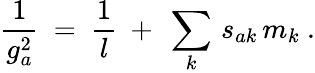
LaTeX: \frac{1}{g_{a}^{2}}\ =\ \frac{1}{l}\ +\ \sum_{k}\, s_{ak}\, m_{k}\ .